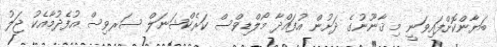
ބަޔާންކޮށްފައިވަނީ މި ޤާނޫނުގެ ދަށުން އުފައްދާ މޯލްޑިވްސް ކަރެކްޝަނަލް ސަރވިސް އުފެދުމާއެކު ޖަލު